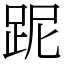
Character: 跜